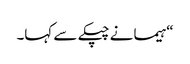
“ہیما نے چپکے سے کہا۔